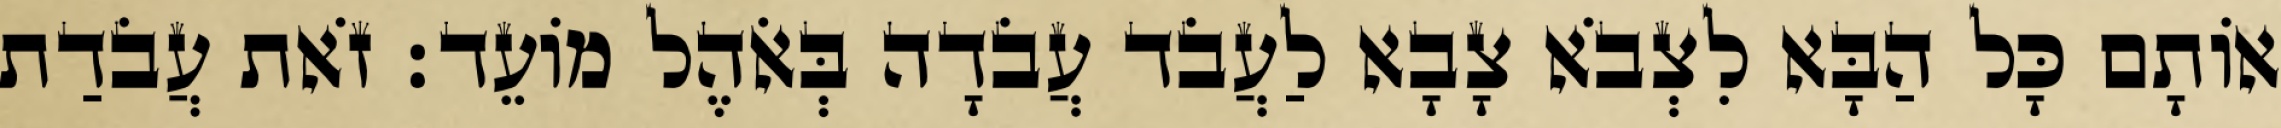
אוֹתָם כָּל הַבָּא לִצְבֹא צָבָא לַעֲבֹד עֲבֹדָה בְּאֹהֶל מוֹעֵד׃ זֹאת עֲבֹדַת